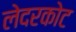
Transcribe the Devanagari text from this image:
लेदरकोट